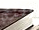
الذي